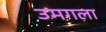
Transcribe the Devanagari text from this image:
उमगला